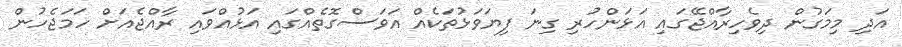
އަދި މިމަގުން ދިވެހިރާއްޖޭގައި އަޅަންހުރި ގިނަ ފިޔަވަޅުތަކެއް އަވަސްގޮތެއްގައި އަޅުއްވައި ރާއްޖެއަށް ހަމަޖެހުން